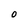
Character: O